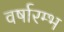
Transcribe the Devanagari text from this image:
वर्षारम्भ